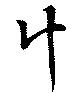
計